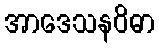
အာဒေသနဝိဓာ